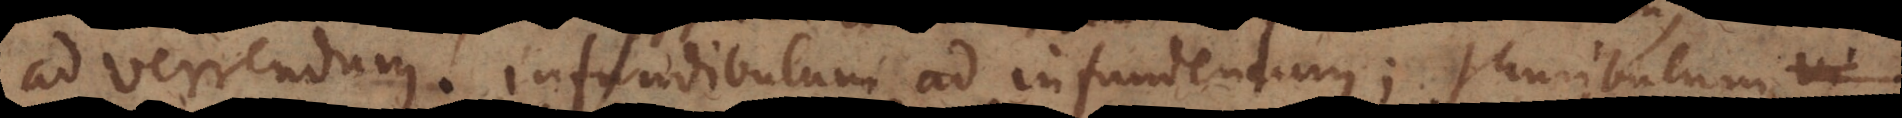
ad verrendum, infundibulum ad infundendum; thuribulum,